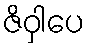
ဇိဝှါပေ